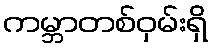
ကမ္ဘာတစ်ဝှမ်းရှိ